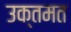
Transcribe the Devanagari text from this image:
उक्तमत